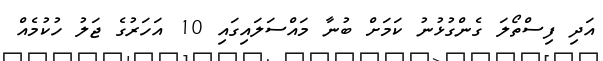
އަދި ފިސްތޯލަ ގެންގުޅުނު ކަމަށް ބުނާ މައްސަލައިގައި 10 އަހަރުގެ ޖަލު ހުކުމެއް